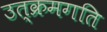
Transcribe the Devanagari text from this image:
उत्क्रमगति